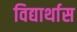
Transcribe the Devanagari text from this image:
विद्यार्थास